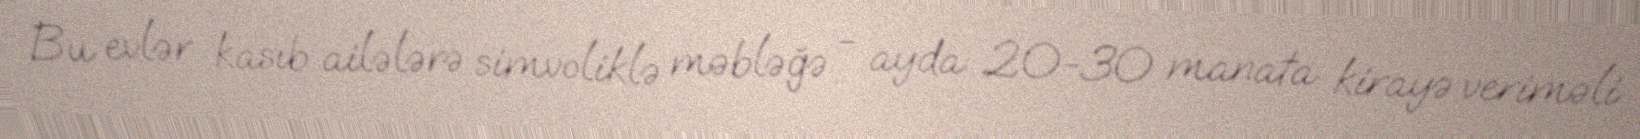
Bu evlər kasıb ailələrə simvoliklə məbləğə - ayda 20-30 manata kirayə veriməli